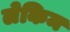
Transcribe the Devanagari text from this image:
लेकिम